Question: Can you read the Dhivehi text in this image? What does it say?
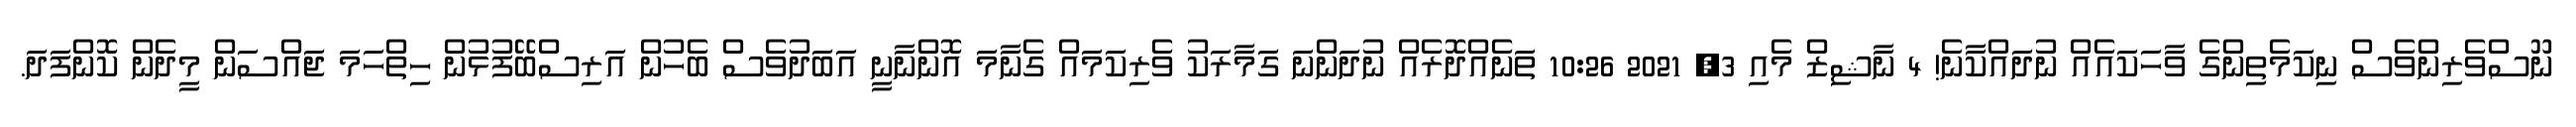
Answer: ނޫސްވެރިންވެސް ނިކަމެތިންގެ ވާހަކައެއް ނުދައްކާނެ! 4 ނާޝިޒް މެއި 3, 2021 10:26 ތަނެއްދޮރެއް ނުދަންނަ ގަމާރަކު ވެރިކަމައް ގެނާމަ އޮންނާނީ އަބަދުވެސް ބެހުން އަރިސްބޭފުޅުން ހިތްހަމަ ޖައްސަން މީދެން ކޮންފަދަ.